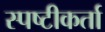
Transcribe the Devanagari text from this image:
स्पष्टीकर्ता